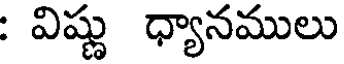
: విష్ణు ధ్యానములు